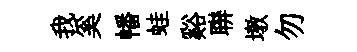
我奚幡蛙谿聨墩勿